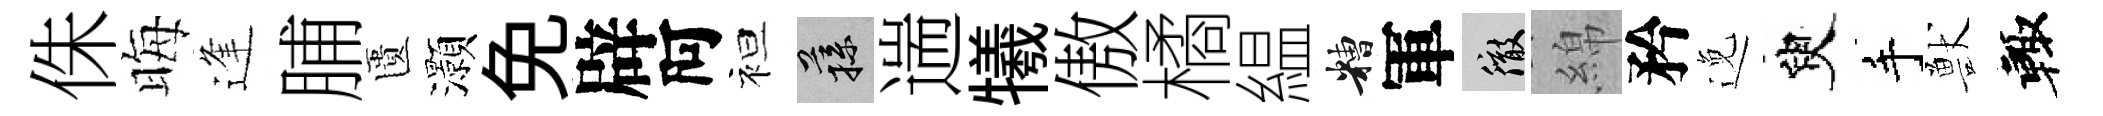
侏晦逢脯匱灝免辟阿袒蓀遄犧傲橘緼糟軍徹綿矜𨓜臾手獸輙